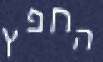
החפץ